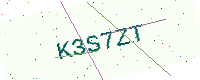
Text: K3S7ZT